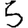
Digit: 5